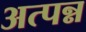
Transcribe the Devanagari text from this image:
अत्पन्न